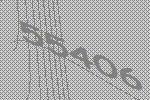
55406